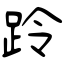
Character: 跉